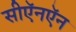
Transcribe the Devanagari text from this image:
सीऍनऍन